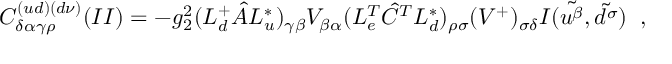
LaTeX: C _ { \delta \alpha \gamma \rho } ^ { ( u d ) ( d \nu ) } ( I I ) = - g _ { 2 } ^ { 2 } ( L _ { d } ^ { + } \hat { A } L _ { u } ^ { * } ) _ { \gamma \beta } V _ { \beta \alpha } ( L _ { e } ^ { T } \hat { C } ^ { T } L _ { d } ^ { * } ) _ { \rho \sigma } ( V ^ { + } ) _ { \sigma \delta } I ( \tilde { u ^ { \beta } } , \tilde { d ^ { \sigma } } ) \; \; ,